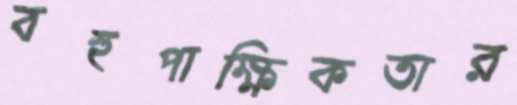
বহুপাক্ষিকতার